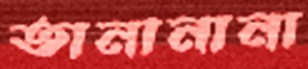
তানানানা